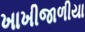
ખાખીજાળીયા